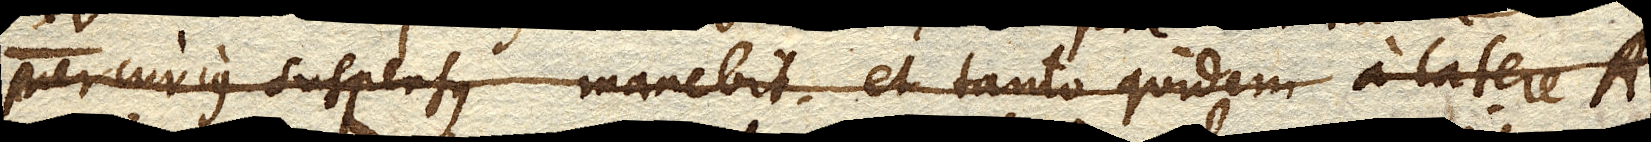
Mercurius suspensus manebit, et tanto quidem a latere A